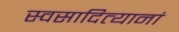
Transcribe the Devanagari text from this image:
स्वसादित्यानां